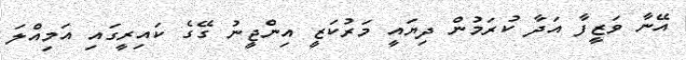
އޭނާ ވަޒީފާ އަދާ ކުރަމުން ދިޔައީ މަރުކަޒީ އިންޖީނު ގޭގެ ކައިރީގައި އަމިއްލަ